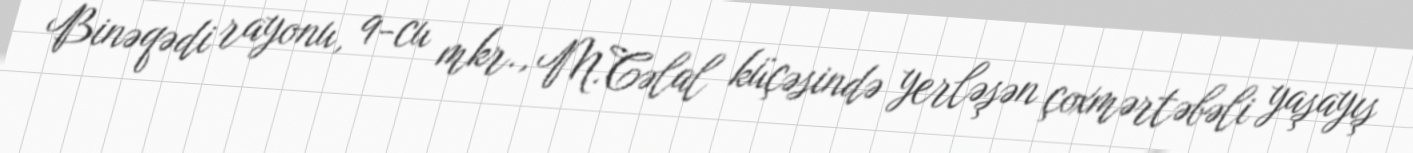
Binəqədi rayonu, 9-cu mkr., M.Cəlal küçəsində yerləşən çoxmərtəbəli yaşayış